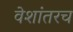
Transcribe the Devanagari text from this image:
वेशांतरच